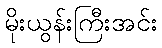
မိုးယွန်းကြီးအင်း